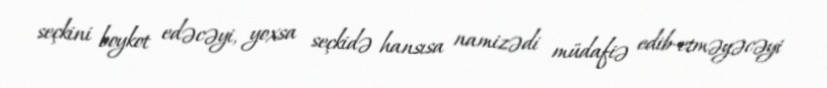
seçkini boykot edəcəyi, yoxsa seçkidə hansısa namizədi müdafiə edib-etməyəcəyi